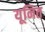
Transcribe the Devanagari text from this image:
यूनित